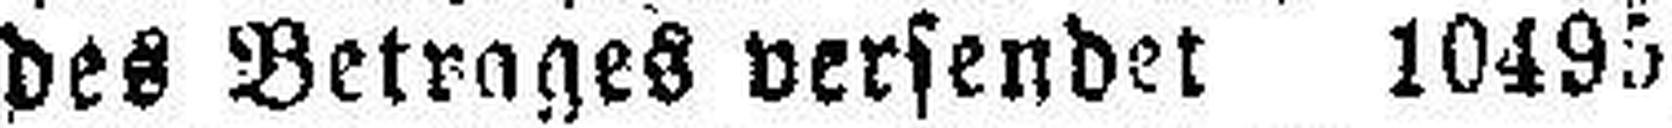
des Betrages versendet 10495